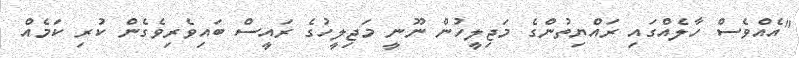
"އެއްވެސް ހާލެއްގައި ރައްޔިތުންގެ މަޖިލީހުން ނޫނީ މަޖިލީހުގެ ރައީސް ބައިވެރިވެގެން ކުރި ކަމެއް